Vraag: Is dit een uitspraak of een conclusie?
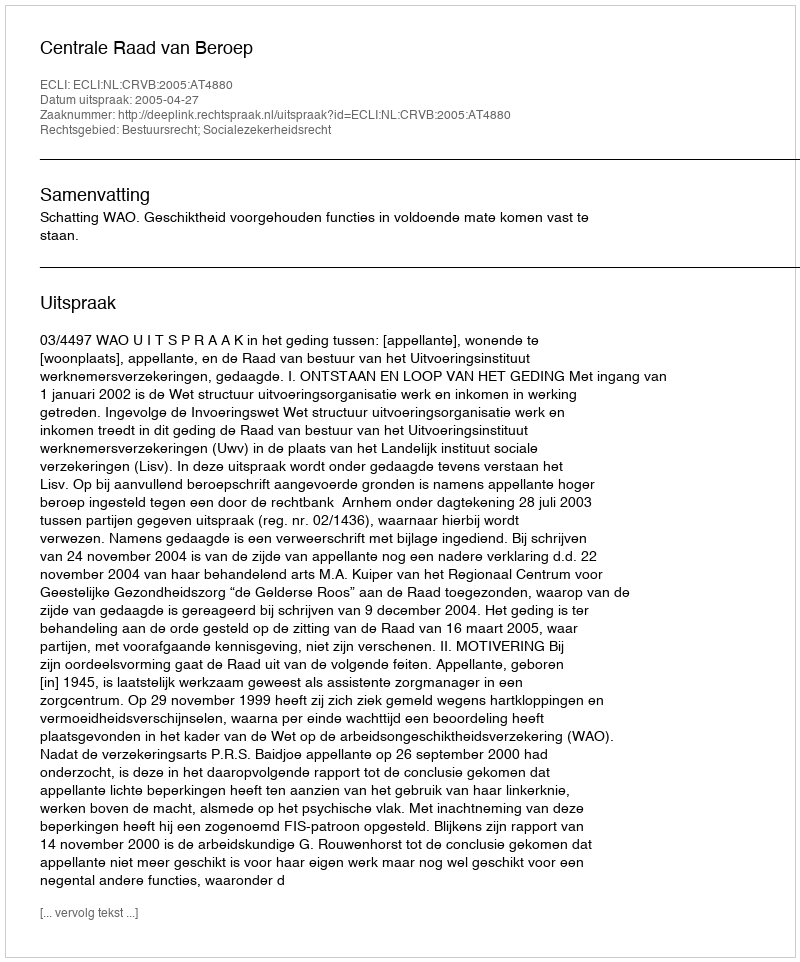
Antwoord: Uitspraak